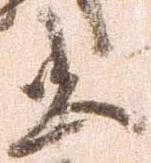
忠